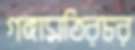
গঙ্গামতিরচর